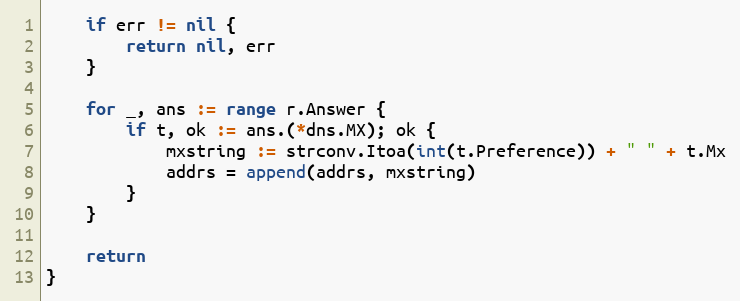
Language: Go
	if err != nil {
		return nil, err
	}

	for _, ans := range r.Answer {
		if t, ok := ans.(*dns.MX); ok {
			mxstring := strconv.Itoa(int(t.Preference)) + " " + t.Mx
			addrs = append(addrs, mxstring)
		}
	}

	return
}